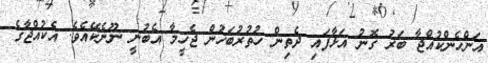
އަންހެންކުއްޖާ ބަރު ގޮނު އަޅާފައި ދެތިން ހުތުރުބަހުން ޖެހީމާ އެބުނީ ނޫނެކޭއެވެ. އެކުއްޖާގެ